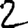
Digit: 2